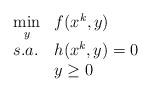
LaTeX: \begin{align*}\begin{array}{ll}\underset{y}{\min}& f(x^k,y)\\s.a.&h(x^k,y)=0\\ &y\geq 0\end{array}\end{align*}